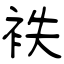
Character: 袟